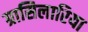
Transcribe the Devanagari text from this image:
ग्रासिलारिया